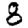
Digit: 8